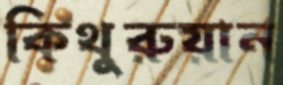
কিথুরুয়ান